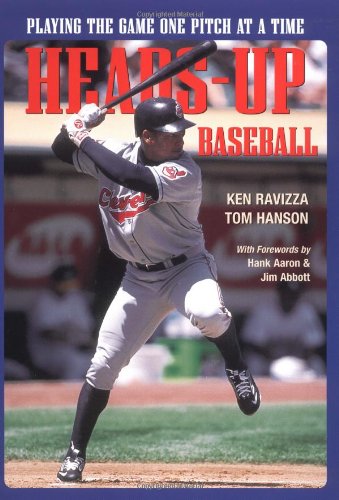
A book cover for Heads-Up Baseball : Playing the Game One Pitch at a Time; Tom Hanson; Sports & Outdoors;